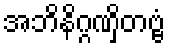
အဘိနိဂ္ဂဏှိတဗ္ဗံ